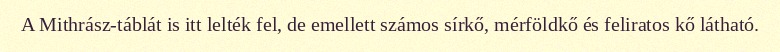
A Mithrász-táblát is itt lelték fel, de emellett számos sírkő, mérföldkő és feliratos kő látható.